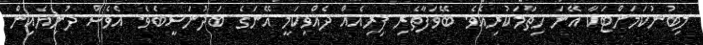
ލިބުނުކަމަށްޓަކާ އޭނަ ހިތާމަކުރިއެވެ. ބޭވަފާތެރި ފިރިއެއް ދެއްވިކަމީ އޭނަގެ ބަދުނަސީބެވެ. އެވެސް ދުނިޔެއިން